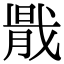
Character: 𢧠